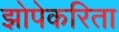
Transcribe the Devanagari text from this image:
झोपेकरिता